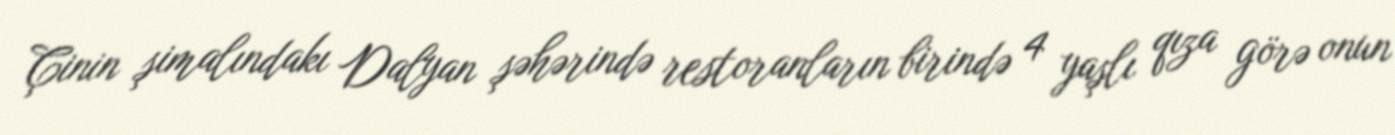
Çinin şimalındakı Dalyan şəhərində restoranların birində 4 yaşlı qıza görə onun